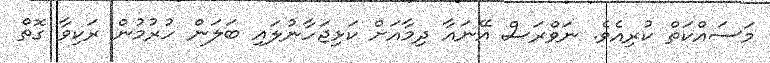
މަސައްކަތް ކުރިއެވެ. ނަވްރަސް އޭނައާ ދިމާއަށް ކަޅިޖަހާނުލައި ބަލަން ހުރުމުން ރަކިވާ ގޮތް